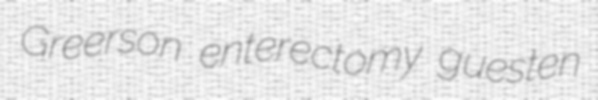
Greerson enterectomy guesten